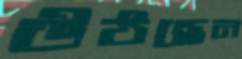
উঠছেন